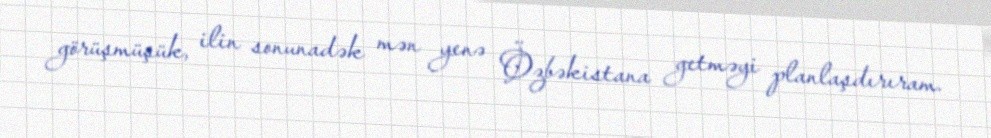
görüşmüşük, ilin sonunadək mən yenə Özbəkistana getməyi planlaşdırıram.